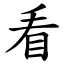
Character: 看